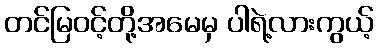
တင်မြဝင့်တို့အမေမှ ပါရဲ့လားကွယ့်